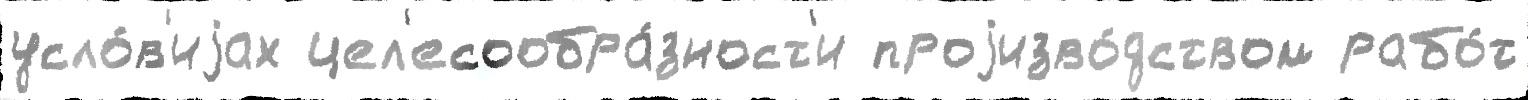
усло́в'иjах цел'есообра́зност'и проjизво́дством рабо́т